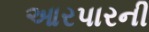
આરપારની